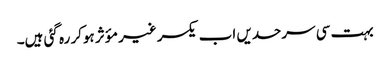
بہت سی سرحدیں اب یکسر غیر مؤثر ہوکر رہ گئی ہیں۔